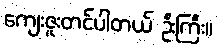
ကျေးဇူးတင်ပါတယ် ဦးကြီး။